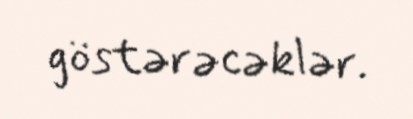
göstərəcəklər.